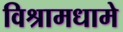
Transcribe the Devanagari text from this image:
विश्रामधामे